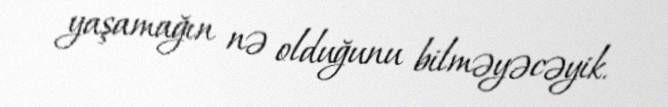
yaşamağın nə olduğunu bilməyəcəyik.